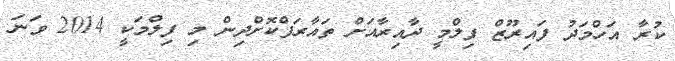
ކުރާ އަހްމަދު ފައިރޫޒް ފިލްމީ ދާއިރާއަށް ތައާރަފްކޮށްދިން މި ފިލްމަކީ 2014 ވަނަ